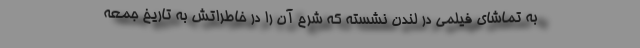
به تماشای فیلمی در لندن نشسته که شرح آن را در خاطراتش به تاریخ جمعه